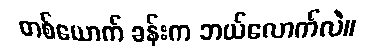
တစ်ယောက် ခန်းက ဘယ်လောက်လဲ။